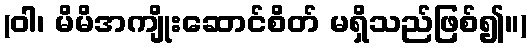
(ဝါ၊ မိမိအကျိုးဆောင်စိတ် မရှိသည်ဖြစ်၍။)